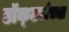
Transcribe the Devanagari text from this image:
डॉक्‍टरांच्या